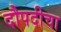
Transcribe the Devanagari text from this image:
दौपदीचा